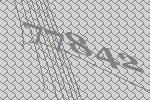
77842